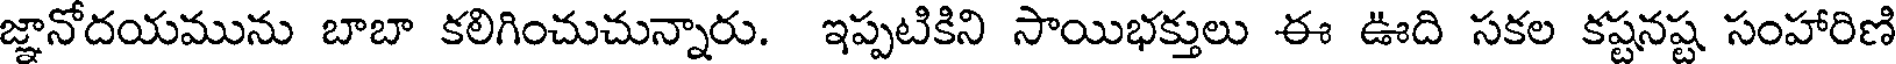
జ్ఞానోదయమును బాబా కలిగించుచున్నారు. ఇప్పటికిని సాయిభక్తులు ఈ ఊది సకల కష్టనష్ట సంహారిణి